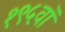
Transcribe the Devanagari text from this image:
१९५वॉ